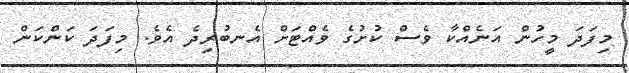
މިފަދަ މީހުން އަނެއްކާ ވެސް ކުށުގެ ވެއްޓަށް އެނބުރިދެ އެވެ. މިފަދަ ކަންކަން